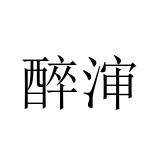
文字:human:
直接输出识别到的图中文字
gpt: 醉渖